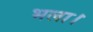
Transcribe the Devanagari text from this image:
भला।